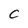
Character: C